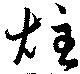
炷